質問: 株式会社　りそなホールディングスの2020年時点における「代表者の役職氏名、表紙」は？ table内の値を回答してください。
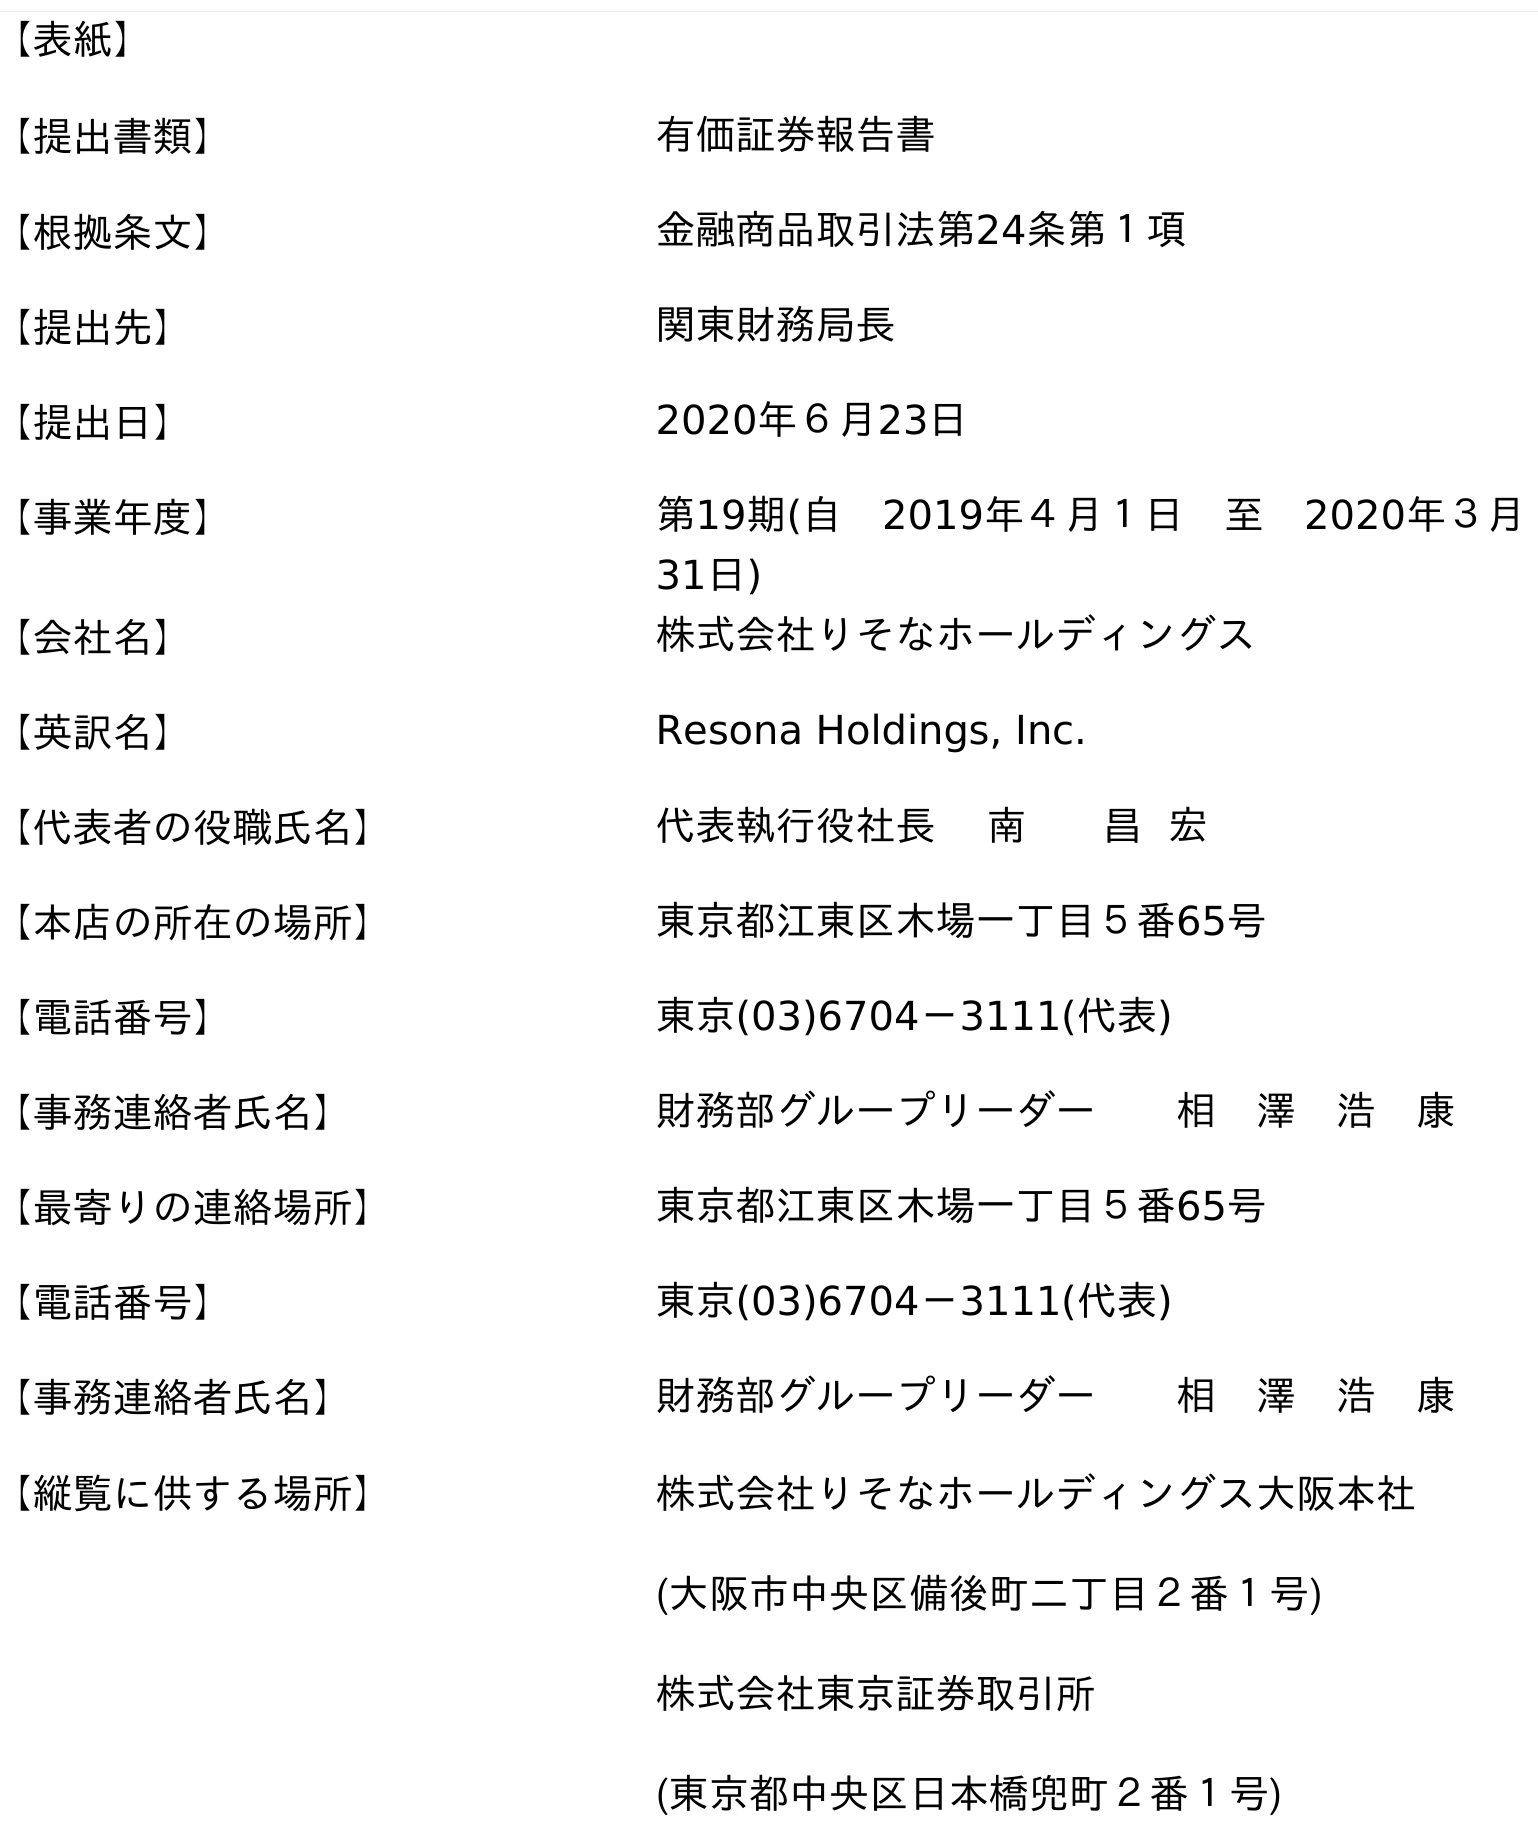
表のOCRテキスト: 【表紙】 【提出書類】 有価証券報告書 【根拠条文】 金融商品取引法第24条第１項 【提出先】 関東財務局長 【提出日】 2020年６月23日 【事業年度】 第19期(自 2019年４月１日 至 2020年３月 31日) 【会社名】 株式会社りそなホールディングス 【英訳名】 Resona Holdings, Inc. 【代表者の役職氏名】 代表執行役社長 南 昌 宏 【本店の所在の場所】 東京都江東区木場一丁目５番65号 【電話番号】 東京(03)6704－3111(代表) 【事務連絡者氏名】 財務部グループリーダー  相 澤 浩 康 【最寄りの連絡場所】 東京都江東区木場一丁目５番65号 【電話番号】 東京(03)6704－3111(代表) 【事務連絡者氏名】 財務部グループリーダー  相 澤 浩 康 【縦覧に供する場所】 株式会社りそなホールディングス大阪本社 (大阪市中央区備後町二丁目２番１号) 株式会社東京証券取引所 (東京都中央区日本橋兜町２番１号)
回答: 代表執行役社長南昌宏